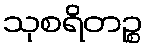
သုစရိတဉ္စ